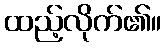
ထည့်လိုက်၏။